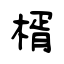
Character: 楈